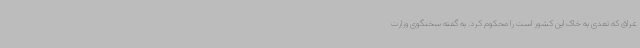
عراق که تعدی به خاک این کشور است را محکوم کرد. به گفته سخنگوی وزارت